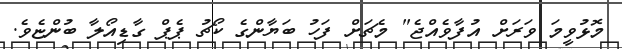
މޮޅުވީމަ ވަރަށް އުފާވެއްޖެ" މެޗަށް ފަހު ބަޔާންގެ ކޯޗު ޕެޕް ގާޑިއޯލާ ބުންޏެވެ.